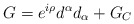
\begin{align*}G = e^{i\rho}d^{\alpha}d_{\alpha} + G_{C}\end{align*}